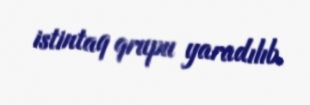
istintaq qrupu yaradılıb.